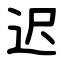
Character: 迟